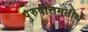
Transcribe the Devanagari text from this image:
पुरुषोत्तमतीर्थ